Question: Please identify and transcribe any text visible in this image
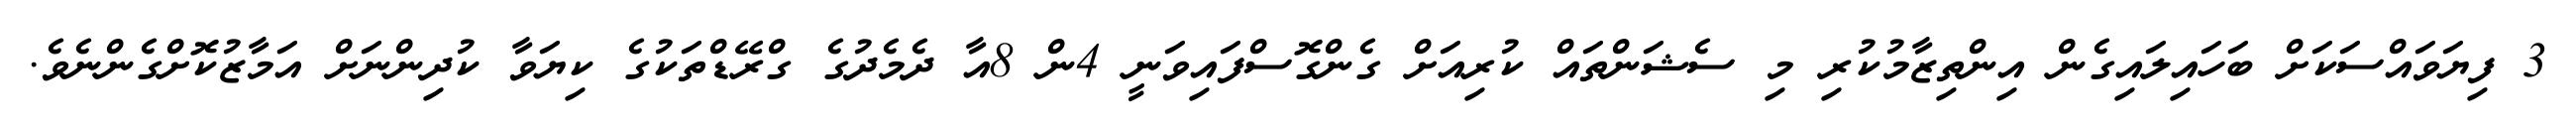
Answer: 3 ފިޔަވައްސަކަށް ބަހައިލައިގެން އިންތިޒާމުކުރި މި ސެޝަންތައް ކުރިއަށް ގެންގޮސްފައިވަނީ 4ން 8އާ ދެމެދުގެ ގްރޭޑްތަކުގެ ކިޔަވާ ކުދިންނަށް އަމާޒުކޮށްގެންނެވެ.